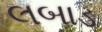
લબાડ